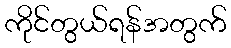
ကိုင်တွယ်ရန်အတွက်